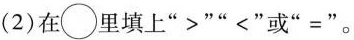
(2)在\bigcirc{}里填上”>””<”或”=” 。